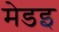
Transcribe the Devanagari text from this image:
मेडइ